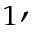
_ { 1 } ,